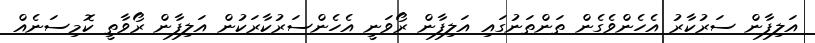
އަލިފާން ސަރުކާރު އެހެންވެގެން ތަންތަނުގައި އަލިފާން ރޯވަނީ އެހެންސަރުކާރަކުން އަލިފާން ރޯވާތީ ކޮމިސަނެއް